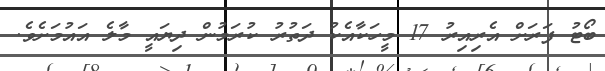
ބޯޓު ފަރަށް އެރިއިރު 17 މީހަކާއެކު ދަތުރު ކުރަމުން ދިޔައީ މާލެ އައުމަށެވެ.